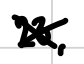
Text: 23,
Cross-out: mix
Writing tool: digital_black